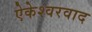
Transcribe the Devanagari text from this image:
ऐकेश्वरवाद